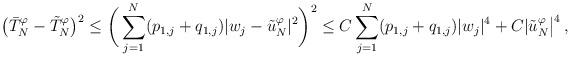
LaTeX: \begin{align*}\big(\bar T_N^\varphi - \tilde T_N^\varphi\big)^2 \le \bigg(\sum_{j=1}^N (p_{1,j} + q_{1,j})|w_j-\tilde u_N^\varphi|^2\bigg)^2 \le C \sum_{j=1}^N (p_{1,j}+q_{1,j}) |w_j|^4 + C |\tilde u_N^\varphi\big|^4\,, \end{align*}